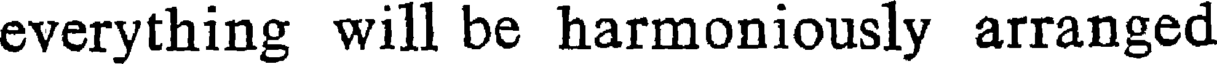
everything will be harmoniously arranged